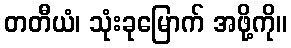
တတီယံ၊ သုံးခုမြောက် အဖို့ကို။